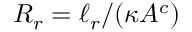
R _ { r } = \ell _ { r } / ( \kappa A ^ { c } )